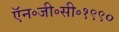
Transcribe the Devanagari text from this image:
ऍन॰जी॰सी॰१९९०